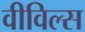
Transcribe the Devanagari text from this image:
वीविल्स